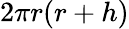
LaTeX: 2\pi r(r+h)